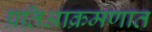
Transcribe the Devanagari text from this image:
प्रतिआक्रमणात